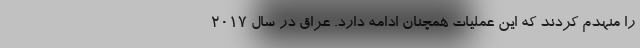
را منهدم کردند که این عملیات همچنان ادامه دارد. عراق در سال ۲۰۱۷